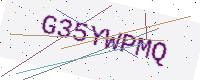
Text: G35YWPMQ